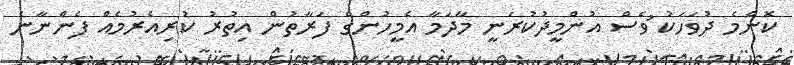
ކޮންމެ ދުވަހަކު ުވެސް އުންމީދުކުރަނީ މާދަމާ އެމީހުންގެ ފަރާތުން އިތުރު ކުރިއެރުމެއް ފެންނާނެ